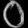
Digit: ၀